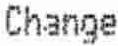
CHANGE